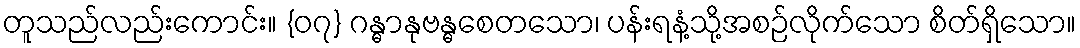
တူသည်လည်းကောင်း။ {၀၇} ဂန္ဓာနုဗန္ဓစေတသော၊ ပန်းရနံ့သို့အစဉ်လိုက်သော စိတ်ရှိသော။